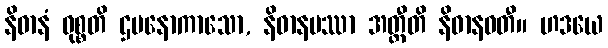
နိဓာနံ ဝုစ္စတိ ဌပနောကာသော, နိဓာနမဿာ အတ္ထီတိ နိဓာနဝတီ။ ဟဒယေ